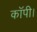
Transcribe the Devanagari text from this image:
कॉपी।